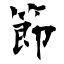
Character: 節